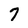
Character: 7